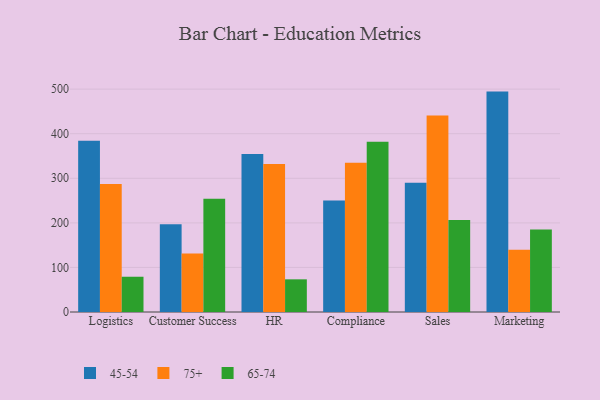
{"axis": {"x": "Department", "y": "LTV (USD)"}, "legend": ["45-54", "65-74", "75+"], "data": [{"x": "Logistics", "y": 384.2, "type": "45-54"}, {"x": "Logistics", "y": 287.2, "type": "75+"}, {"x": "Logistics", "y": 79.1, "type": "65-74"}, {"x": "Customer Success", "y": 196.6, "type": "45-54"}, {"x": "Customer Success", "y": 131.3, "type": "75+"}, {"x": "Customer Success", "y": 254.3, "type": "65-74"}, {"x": "HR", "y": 354.5, "type": "45-54"}, {"x": "HR", "y": 331.8, "type": "75+"}, {"x": "HR", "y": 73.3, "type": "65-74"}, {"x": "Compliance", "y": 250.1, "type": "45-54"}, {"x": "Compliance", "y": 334.6, "type": "75+"}, {"x": "Compliance", "y": 381.9, "type": "65-74"}, {"x": "Sales", "y": 289.9, "type": "45-54"}, {"x": "Sales", "y": 441.1, "type": "75+"}, {"x": "Sales", "y": 206.2, "type": "65-74"}, {"x": "Marketing", "y": 494.5, "type": "45-54"}, {"x": "Marketing", "y": 139.9, "type": "75+"}, {"x": "Marketing", "y": 185.2, "type": "65-74"}]}